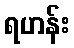
ရဟန်း